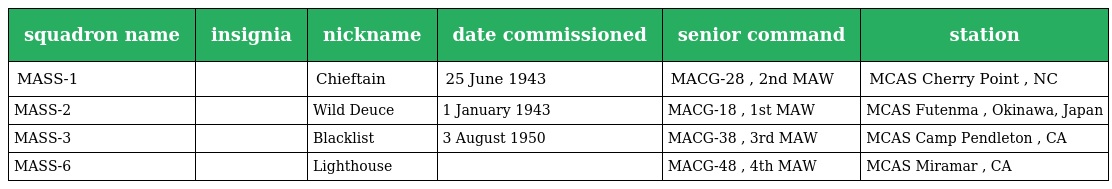
| squadron name | insignia | nickname | date commissioned | senior command | station |
 | --- | --- | --- | --- | --- | --- |
 | MASS-1 |  | Chieftain | 25 June 1943 | MACG-28 , 2nd MAW | MCAS Cherry Point , NC |
 | MASS-2 |  | Wild Deuce | 1 January 1943 | MACG-18 , 1st MAW | MCAS Futenma , Okinawa, Japan |
 | MASS-3 |  | Blacklist | 3 August 1950 | MACG-38 , 3rd MAW | MCAS Camp Pendleton , CA |
 | MASS-6 |  | Lighthouse |  | MACG-48 , 4th MAW | MCAS Miramar , CA |